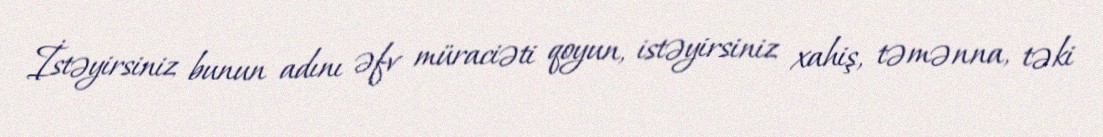
İstəyirsiniz bunun adını əfv müraciəti qoyun, istəyirsiniz xahiş, təmənna, təki